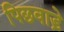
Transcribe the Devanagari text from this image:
पिछवाडे़